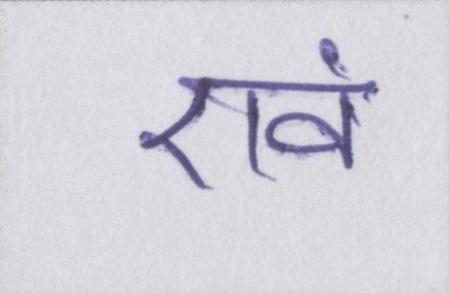
एवं